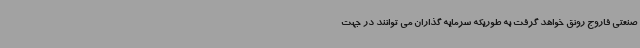
صنعتی فاروج رونق خواهد گرفت به طوریکه سرمایه گذاران می توانند در جهت